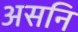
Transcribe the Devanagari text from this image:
असनि